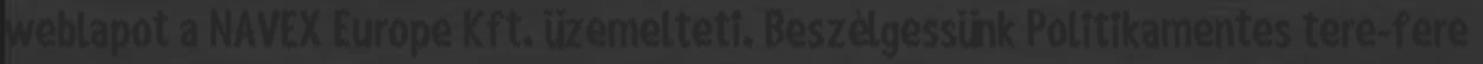
weblapot a NAVEX Europe Kft. üzemelteti. Beszélgessünk Politikamentes tere-fere